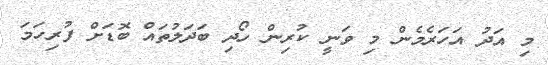
މި އަދު އަހަރެމެން މި ވަނީ ކުރިން ހޯދި ބަދަލުތައް ބޮޑަށް ފުރިހަމަ